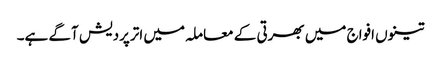
تینوں افواج میں بھرتی کے معاملہ میں اترپردیش آگے ہے۔